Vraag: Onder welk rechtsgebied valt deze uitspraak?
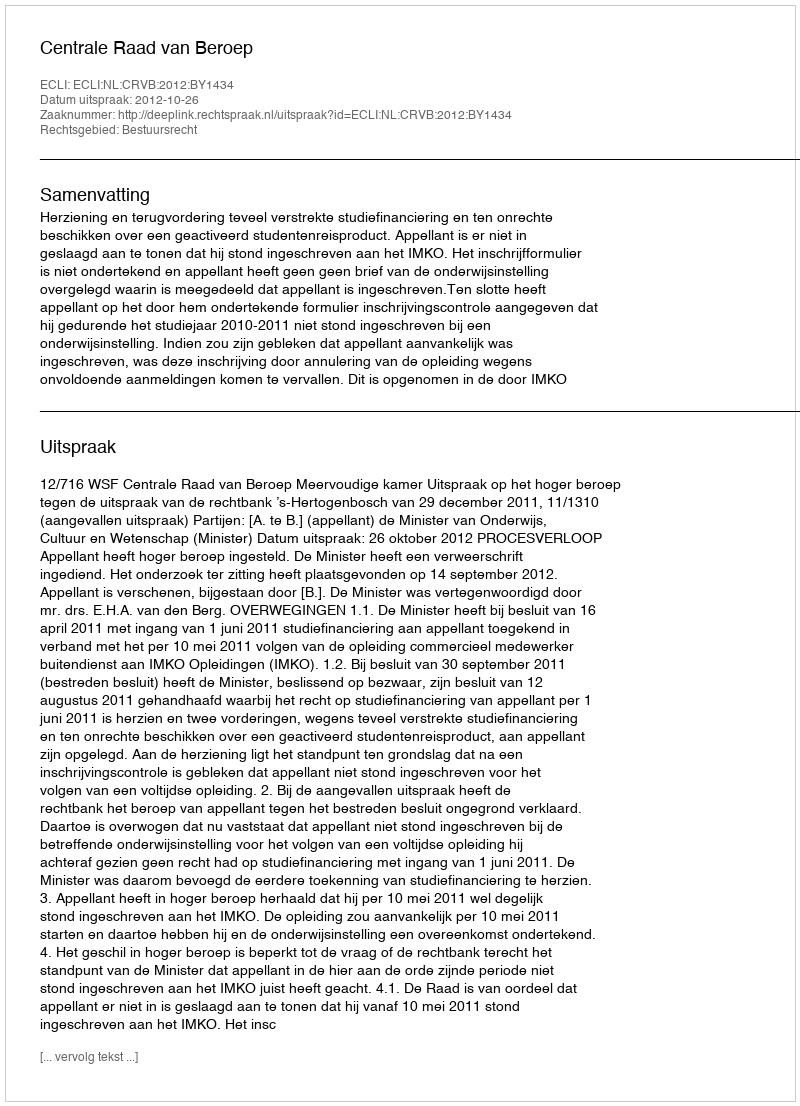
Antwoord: Bestuursrecht